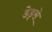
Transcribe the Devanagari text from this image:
डेड्से